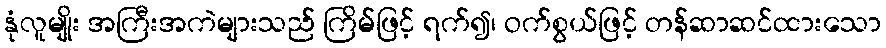
နုံလူမျိုး အကြီးအကဲများသည် ကြိမ်ဖြင့် ရက်၍၊ ဝက်စွယ်ဖြင့် တန်ဆာဆင်ထားသော